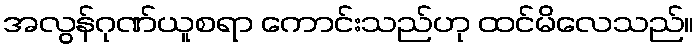
အလွန်ဂုဏ်ယူစရာ ကောင်းသည်ဟု ထင်မိလေသည်။